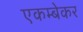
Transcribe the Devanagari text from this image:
एकम्बेकर